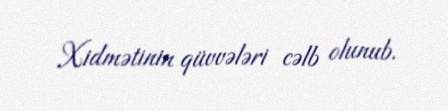
Xidmətinin qüvvələri cəlb olunub.